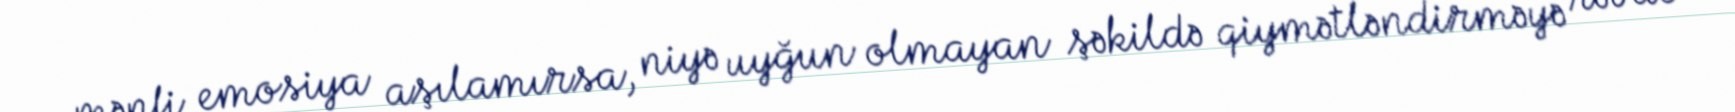
mənfi emosiya aşılamırsa, niyə uyğun olmayan şəkildə qiymətləndirməyə rəvac